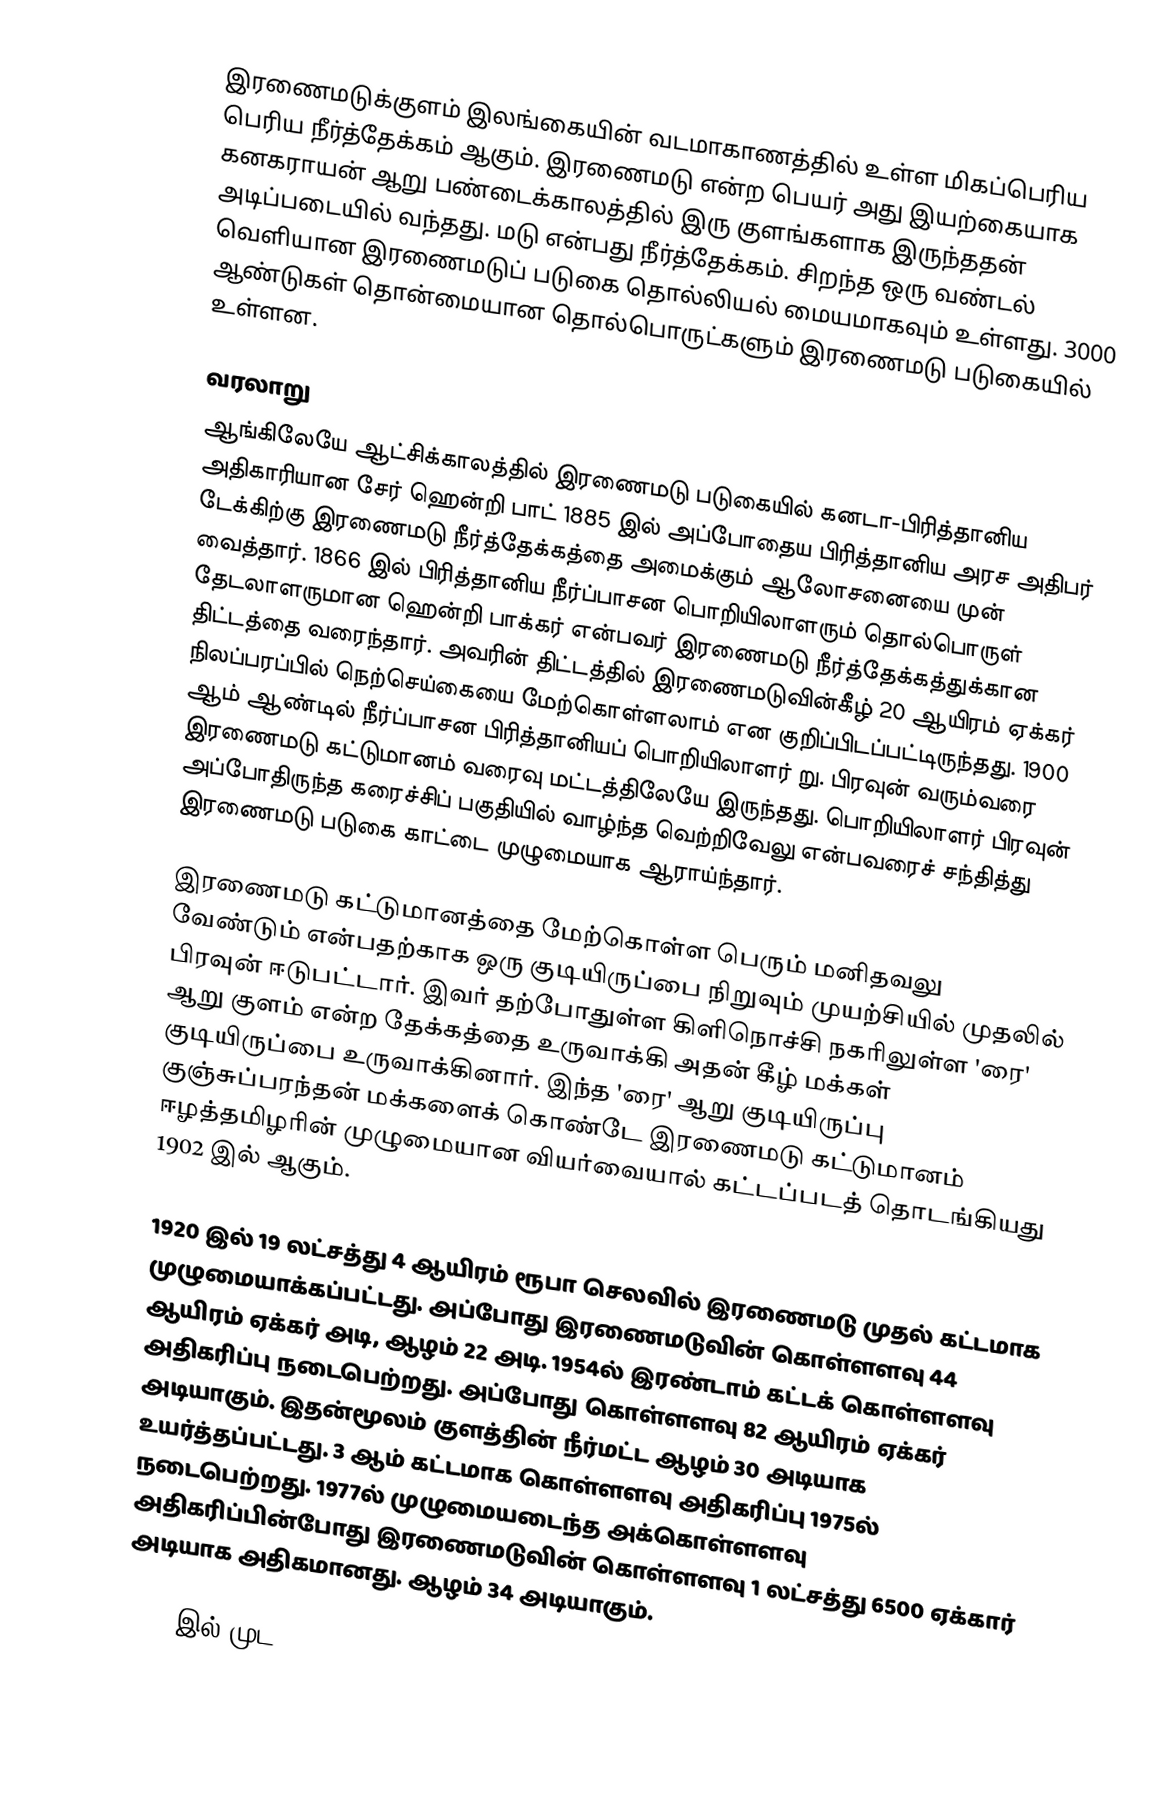
இரணைமடுக்குளம் இலங்கையின் வடமாகாணத்தில் உள்ள மிகப்பெரிய  பெரிய நீர்த்தேக்கம் ஆகும். இரணைமடு என்ற பெயர் அது இயற்கையாக கனகராயன் ஆறு பண்டைக்காலத்தில் இரு குளங்களாக இருந்ததன் அடிப்படையில் வந்தது. மடு என்பது நீர்த்தேக்கம். சிறந்த ஒரு வண்டல் வெளியான இரணைமடுப் படுகை தொல்லியல் மையமாகவும் உள்ளது. 3000 ஆண்டுகள் தொன்மையான தொல்பொருட்களும் இரணைமடு படுகையில் உள்ளன.

வரலாறு
ஆங்கிலேயே ஆட்சிக்காலத்தில் இரணைமடு படுகையில் கனடா-பிரித்தானிய அதிகாரியான சேர் ஹென்றி பாட் 1885 இல் அப்போதைய பிரித்தானிய அரச அதிபர் டேக்கிற்கு இரணைமடு நீர்த்தேக்கத்தை அமைக்கும் ஆலோசனையை முன் வைத்தார். 1866 இல் பிரித்தானிய நீர்ப்பாசன பொறியிலாளரும் தொல்பொருள் தேடலாளருமான ஹென்றி பாக்கர் என்பவர் இரணைமடு நீர்த்தேக்கத்துக்கான திட்டத்தை வரைந்தார். அவரின் திட்டத்தில் இரணைமடுவின்கீழ் 20 ஆயிரம் ஏக்கர் நிலப்பரப்பில் நெற்செய்கையை மேற்கொள்ளலாம் என குறிப்பிடப்பட்டிருந்தது. 1900 ஆம் ஆண்டில் நீர்ப்பாசன பிரித்தானியப் பொறியிலாளர் று. பிரவுன் வரும்வரை இரணைமடு கட்டுமானம் வரைவு மட்டத்திலேயே இருந்தது. பொறியிலாளர் பிரவுன் அப்போதிருந்த கரைச்சிப் பகுதியில் வாழ்ந்த வெற்றிவேலு என்பவரைச் சந்தித்து இரணைமடு படுகை காட்டை முழுமையாக ஆராய்ந்தார்.

இரணைமடு கட்டுமானத்தை மேற்கொள்ள பெரும் மனிதவலு வேண்டும் என்பதற்காக ஒரு குடியிருப்பை நிறுவும் முயற்சியில் முதலில் பிரவுன் ஈடுபட்டார். இவர் தற்போதுள்ள கிளிநொச்சி நகரிலுள்ள 'ரை' ஆறு குளம் என்ற தேக்கத்தை உருவாக்கி அதன் கீழ் மக்கள் குடியிருப்பை உருவாக்கினார். இந்த 'ரை' ஆறு குடியிருப்பு குஞ்சுப்பரந்தன் மக்களைக் கொண்டே இரணைமடு கட்டுமானம் ஈழத்தமிழரின் முழுமையான வியர்வையால் கட்டப்படத் தொடங்கியது 1902 இல் ஆகும்.

1920 இல் 19 லட்சத்து 4 ஆயிரம் ரூபா செலவில் இரணைமடு முதல் கட்டமாக முழுமையாக்கப்பட்டது. அப்போது இரணைமடுவின் கொள்ளளவு 44 ஆயிரம் ஏக்கர் அடி, ஆழம் 22 அடி. 1954ல் இரண்டாம் கட்டக் கொள்ளளவு அதிகரிப்பு நடைபெற்றது. அப்போது கொள்ளளவு 82 ஆயிரம் ஏக்கர் அடியாகும். இதன்மூலம் குளத்தின் நீர்மட்ட ஆழம் 30 அடியாக உயர்த்தப்பட்டது. 3 ஆம் கட்டமாக கொள்ளளவு அதிகரிப்பு 1975ல் நடைபெற்றது. 1977ல் முழுமையடைந்த அக்கொள்ளளவு அதிகரிப்பின்போது இரணைமடுவின் கொள்ளளவு 1 லட்சத்து 6500 ஏக்கார் அடியாக அதிகமானது. ஆழம் 34 அடியாகும்.

1977 இல் முட